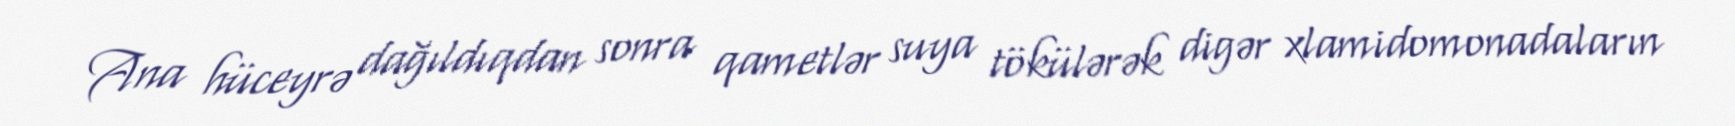
Ana hüceyrə dağıldıqdan sonra qametlər suya tökülərək digər xlamidomonadaların